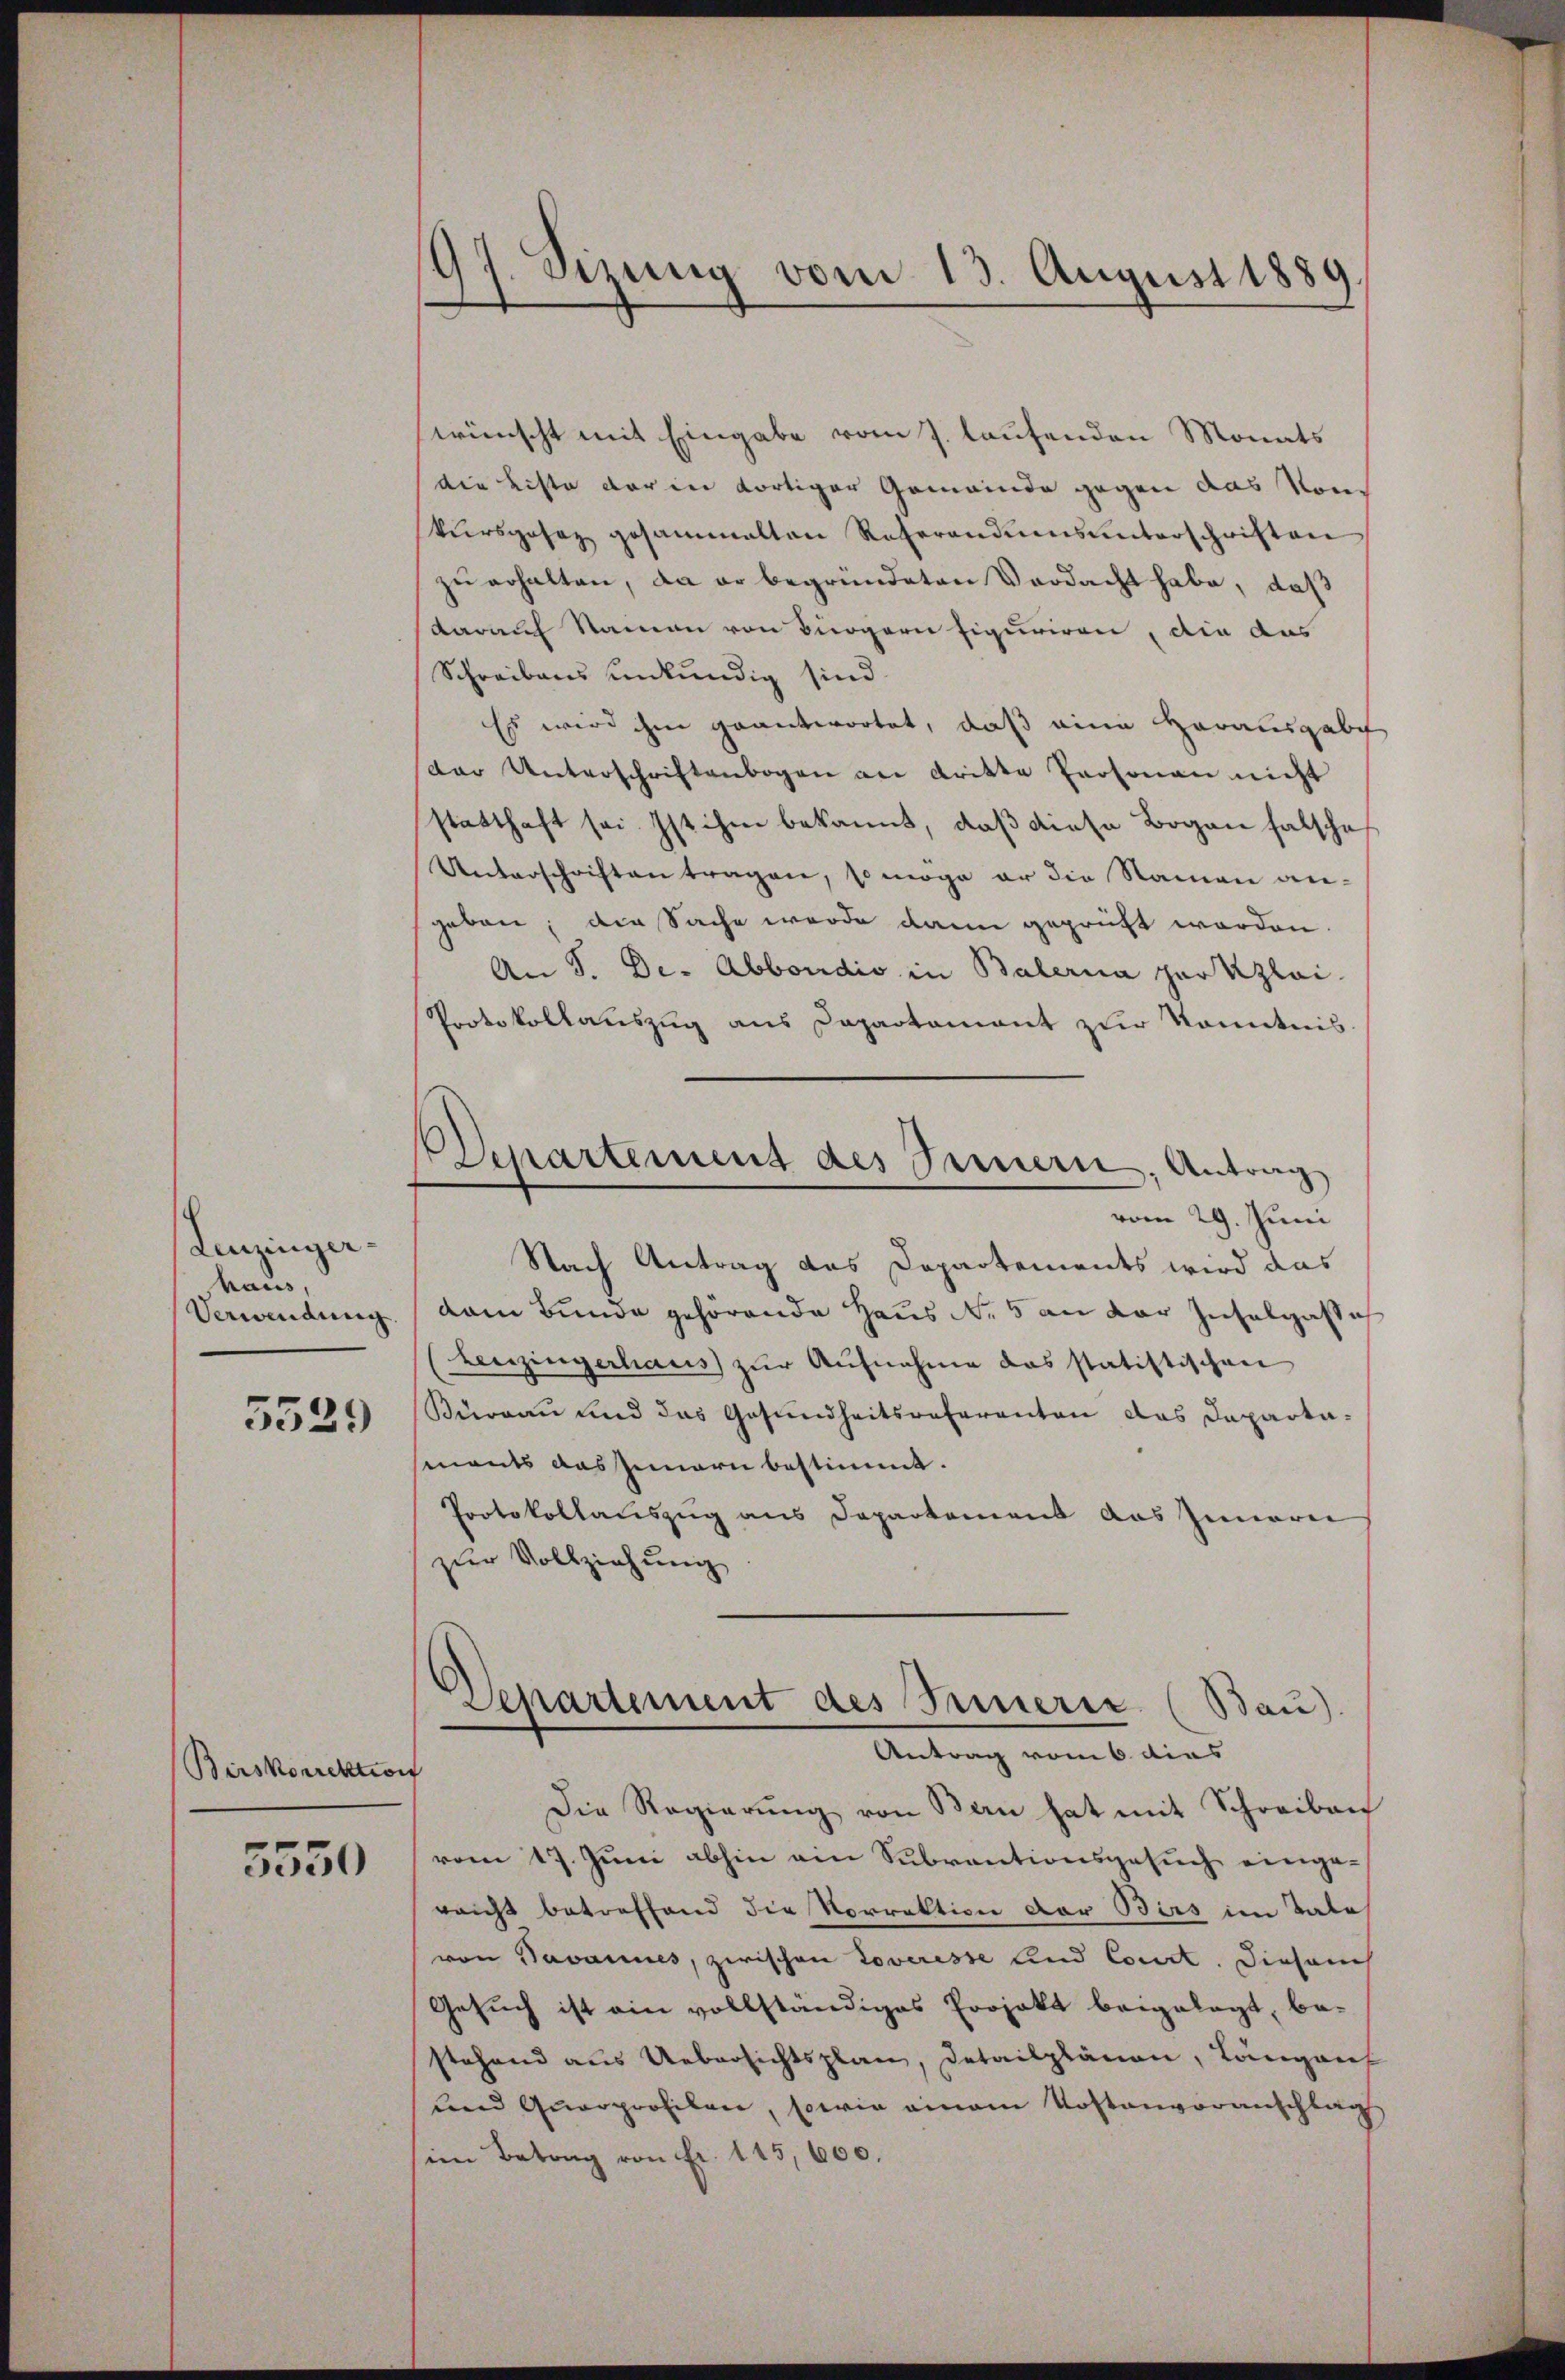
Leuzingerhaus,
Verwendung.
5529

Birskorrektion

5550

97. Sizung vom 13. August 1889

Departement des Innern, Antrag
vom 29. Juni

wünscht mit Eingabe vom 7. laufenden Monats
die Liste der in dortiger Gemeinde gegen das von
kŭrsgesez gesammelten Referandumsŭnterschriften
zu erhalten, da er begründeten Verdacht habe, daß
darauf Namen von Bürgern figuriren, die aus
Schreibens unkundig sind.
Es wird ihm geantwortet, daß eine Herausgabe
der Unterschriftenbogen an dritte Personen nicht
statthaft sei. Ist ihm bekannt, daß diese Bogen falsche
Unterschriften tragen, so möge er die Namen angeben; die Sache werde dann geprüft werden.
An J. De- Abbondio in Balerna zur Kzlai
Protokollauszug aus Dapartament zur Kenntnis
Nach Antrag des Departements wird das
dem Bunde gehörende Haus N. 5 an der Inselgassich
Leuzingerhaus zŭr Aŭfnahme das statistischen
Büreau und das Gesundheitsreferanten das Departa-
ments das Jennern bestimmt.
Protokollauszug aus Departement das Innern
zur Vollziehung
Departement des Innerer (Bau)
Antrag vom 6 dies
Die Regierŭng von Bern hat mit Schreiben
vom 17. Juni abhin ein Subventionsgesuch eingeraicht betreffend die Vorrektion der Birs im Tale
von Savannes, zwischen Loveresse und Concl. Diesenh
Gesuch ist ein vollständiges Projekt beigelegt, be-
stehend aus Uebersichtsplan, Detailplänen, Längen
und Quarprofilen, sowie einem Kostenvoranschlag
im Betrag von Fr. 115,600.